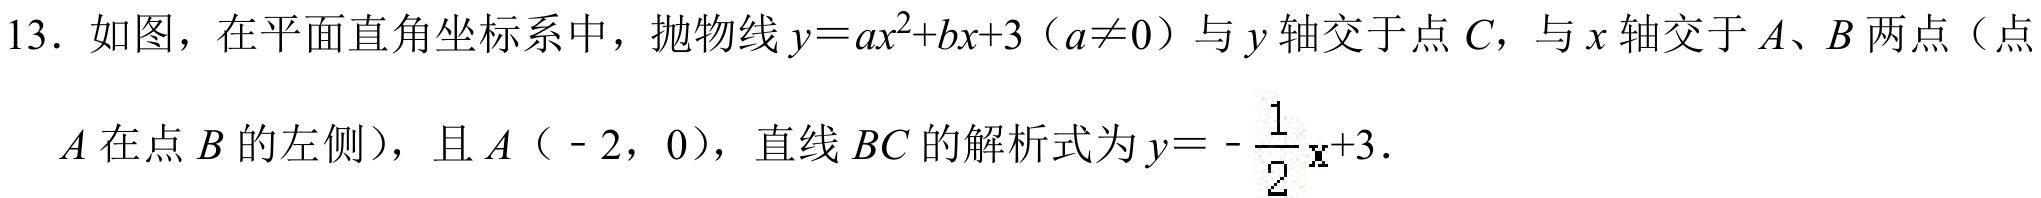
13．如图，在平面直角坐标系中，抛物线\(y = ax^{2}+bx + 3\)（\(a\neq0\)）与\(y\)轴交于点\(C\)，与\(x\)轴交于\(A、B\)两点（点\(A\)在点\(B\)的左侧），且\(A(-2,0)\)，直线\(BC\)的解析式为\(y = -\frac{1}{2}x + 3\)．